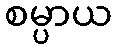
စမ္ပာယ